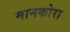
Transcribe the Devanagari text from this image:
मानकोरा